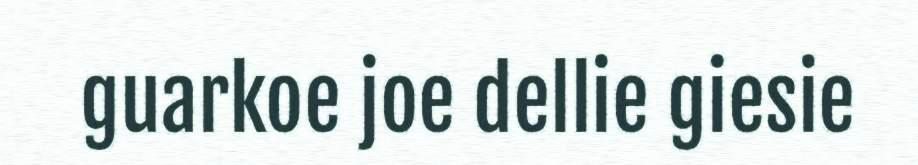
guarkoe joe dellie giesie